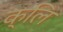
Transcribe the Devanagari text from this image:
क्लि